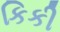
કિકી